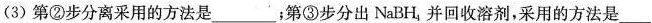
第②步分离采用的方法是___；第③步分出NaBH_{4}并回收溶剂，采用的方法是___